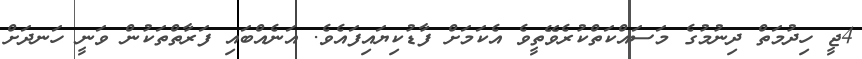
4ޖީ ހިދުމަތް ދިނުމުގެ މަސައްކަތްކުރެވޭތީވެ އެކަމަށް ފާޑުކިޔައިފައެވެ. އަނެއްބައި ފަރާތްތަކުން ވަނީ ހަނދަށް